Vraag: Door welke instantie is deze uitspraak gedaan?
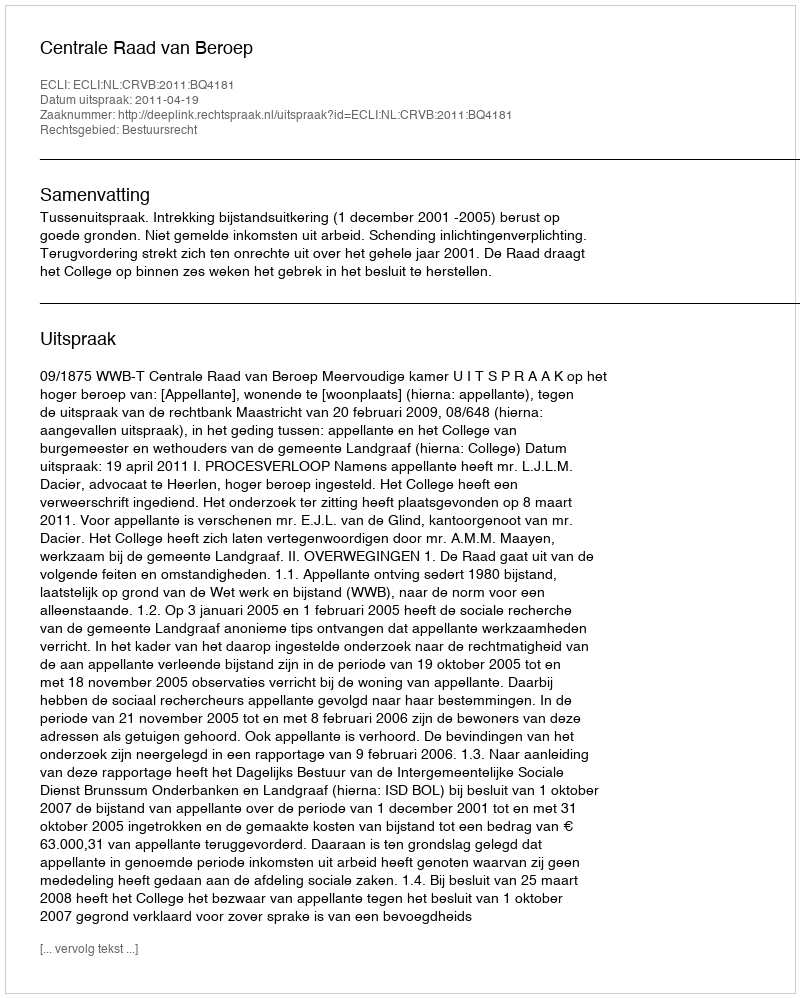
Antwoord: Centrale Raad van Beroep